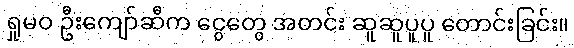
ရှုမဝ ဦးကျော်ဆီက ငွေတွေ အတင်း ဆူဆူပူပူ တောင်းခြင်း။